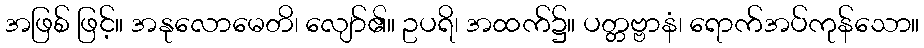
အဖြစ် ဖြင့်။ အနုလောမေတိ၊ လျော်၏။ ဥပရိ၊ အထက်၌။ ပတ္တဗ္ဗာနံ၊ ရောက်အပ်ကုန်သော။